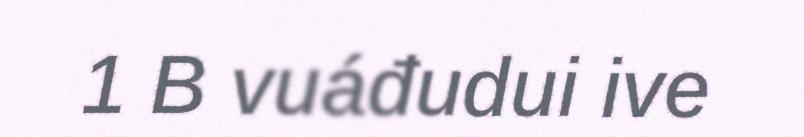
1 B vuáđudui ive